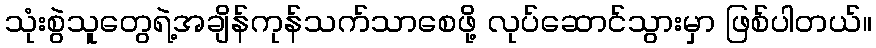
သုံးစွဲသူတွေရဲ့အချိန်ကုန်သက်သာစေဖို့ လုပ်ဆောင်သွားမှာ ဖြစ်ပါတယ်။